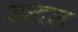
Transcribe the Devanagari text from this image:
सन्दल